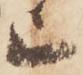
上